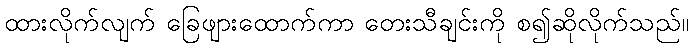
ထားလိုက်လျက် ခြေဖျားထောက်ကာ တေးသီချင်းကို စ၍ဆိုလိုက်သည်။